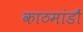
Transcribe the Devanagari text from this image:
काठमांडौं